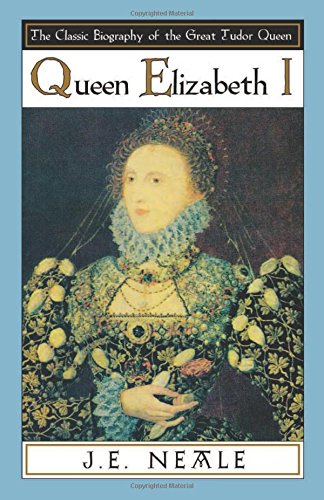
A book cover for Queen Elizabeth I; J.E. Neale; History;